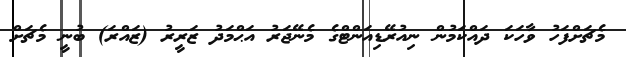
މެޗަށްފަހު ވާހަކަ ދައްކަމުން ނިއުރޭޑިއަންޓްގެ މެނޭޖަރު އަޙްމަދު ޒަރީރު (ޒައްރަ) ބުނީ މެޗަށް